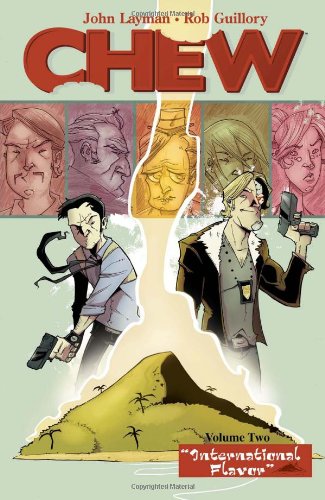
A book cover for Chew Volume 2: International Flavor; John Layman; Comics & Graphic Novels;